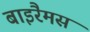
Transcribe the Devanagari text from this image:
बाइरैमस